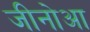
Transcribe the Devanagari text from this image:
जीनोआ